Report on vaccination in Madras 1922-1929 - 1922-1929
Year: 1922
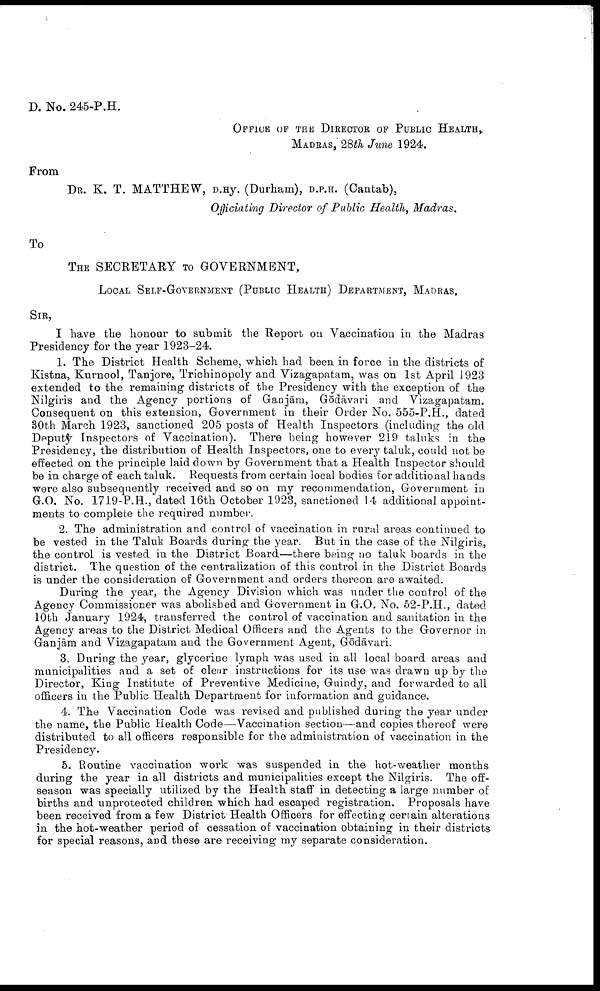
D. No. 245-P.H.
OFFICE OF THE DIRECTOR OF PUBLIC HEALTH,
MADRAS, 28th June 1924.
From
DR. K. T. MATTHEW, D.Hy. (Durham), D.P.H. (Cantab),
Officiating Director of Public Health, Madras.
To
THE SECRETARY TO GOVERNMENT,
LOCAL SELF-GOVERNMENT (PUBLIC HEALTH) DEPARTMENT, MADRAS.
SIR,
I have the honour to submit the Report on Vaccination in the Madras
Presidency for the year 1923-24.
1. The District Health Scheme, which had been in force in the districts of
Kistna, Kurnool, Tanjore, Trichinopoly and Vizagapatam, was on 1st April 1923
extended to the remaining districts of the Presidency with the exception of the
Nilgiris and the Agency portions of Ganjām, Gōdāvari and Vizagapatam.
Consequent on this extension, Government in their Order No. 555-P.H., dated
30th March 1923, sanctioned 205 posts of Health Inspectors (including the old
Deputy Inspectors of Vaccination). There being however 219 taluks in the
Presidency, the distribution of Health Inspectors, one to every taluk, could not be
effected on the principle laid down by Government that a Health Inspector should
be in charge of each taluk. Requests from certain local bodies for additional hands
were also subsequently received and so on my recommendation, Government in
G.O. No. 1719-P.H., dated 16th October 1923, sanctioned 14 additional appoint
ments to complete the required number.
2. The administration and control of vaccination in rural areas continued to
be vested in the Taluk Boards during the year. But in the case of the Nilgiris,
the control is vested in the District Board—there being no taluk boards in the
district. The question of the centralization of this control in the District Boards
is under the consideration of Government and orders thereon are awaited.
During the year, the Agency Division which was under the control of the
Agency Commissioner was abolished and Government in G.O. No. 52-P.H., dated
10th January 1924, transferred the control of vaccination and sanitation in the
Agency areas to the District Medical Officers and the Agents to the Governor in
Ganjām and Vizagapatam and the Government Agent, Gōdāvari.
3. During the year, glycerine lymph was used in all local board areas and
municipalities and a set of clear instructions for its use was drawn up by the
Director, King Institute of Preventive Medicine, Guindy, and forwarded to all
officers in the Public Health Department for information and guidance.
4. The Vaccination Code was revised and published during the year under
the name, the Public Health Code—Vaccination section—and copies thereof were
distributed to all officers responsible for the administration of vaccination in the
Presidency.
5. Routine vaccination work was suspended in the hot-weather months
during the year in all districts and municipalities except the Nilgiris. The off
season was specially utilized by the Health staff in detecting a large number of
births and unprotected children which had escaped registration. Proposals have
been received from a few District Health Officers for effecting certain alterations
in the hot-weather period of cessation of vaccination obtaining in their districts
for special reasons, and these are receiving my separate consideration.